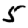
Digit: 5